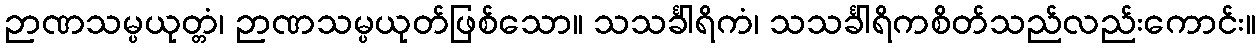
ဉာဏသမ္ပယုတ္တံ၊ ဉာဏသမ္ပယုတ်ဖြစ်သော။ သသင်္ခါရိကံ၊ သသင်္ခါရိကစိတ်သည်လည်းကောင်း။